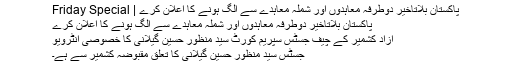
پاکستان بلاتاخیر دوطرفہ معاہدوں اور شملہ معاہدے سے الگ ہونے کا اعلان کرے | Friday Special
پاکستان بلاتاخیر دوطرفہ معاہدوں اور شملہ معاہدے سے الگ ہونے کا اعلان کرے
آزاد کشمیر کے چیف جسٹس سپریم کورٹ سید منظور حسین گیلانی کا خصوصی انٹرویو
جسٹس سید منظور حسین گیلانی کا تعلق مقبوضہ کشمیر سے ہے۔